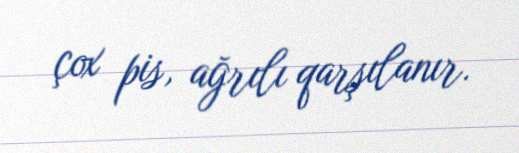
çox pis, ağrılı qarşılanır.